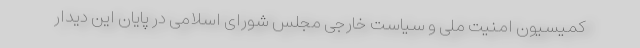
کمیسیون امنیت ملی و سیاست خارجی مجلس شورای اسلامی در پایان این دیدار